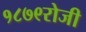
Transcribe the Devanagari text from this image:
१८७९रोजी